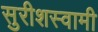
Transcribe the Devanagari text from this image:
सुरीशस्वामी